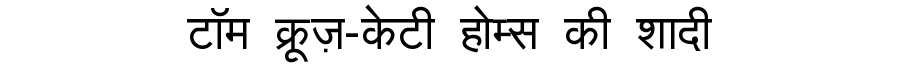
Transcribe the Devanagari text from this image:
टॉम क्रूज़-केटी होम्स की शादी